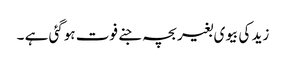
زید کی بیوی بغیر بچہ جنے فوت ہوگئی ہے ۔